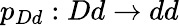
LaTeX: p_{Dd}:Dd\rightarrow dd